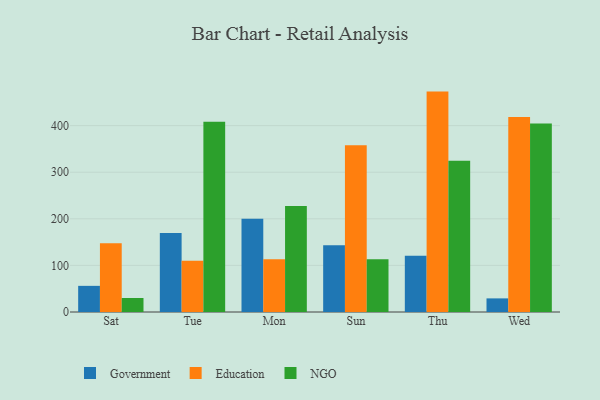
{"axis": {"x": "Day", "y": "Production Output"}, "legend": ["Education", "Government", "NGO"], "data": [{"x": "Sat", "y": 56.1, "type": "Government"}, {"x": "Sat", "y": 147.7, "type": "Education"}, {"x": "Sat", "y": 30.0, "type": "NGO"}, {"x": "Tue", "y": 169.5, "type": "Government"}, {"x": "Tue", "y": 110.0, "type": "Education"}, {"x": "Tue", "y": 408.1, "type": "NGO"}, {"x": "Mon", "y": 199.9, "type": "Government"}, {"x": "Mon", "y": 113.0, "type": "Education"}, {"x": "Mon", "y": 227.7, "type": "NGO"}, {"x": "Sun", "y": 143.3, "type": "Government"}, {"x": "Sun", "y": 357.9, "type": "Education"}, {"x": "Sun", "y": 113.2, "type": "NGO"}, {"x": "Thu", "y": 120.9, "type": "Government"}, {"x": "Thu", "y": 473.0, "type": "Education"}, {"x": "Thu", "y": 324.4, "type": "NGO"}, {"x": "Wed", "y": 29.2, "type": "Government"}, {"x": "Wed", "y": 418.6, "type": "Education"}, {"x": "Wed", "y": 404.6, "type": "NGO"}]}